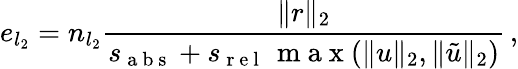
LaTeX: e_{l_{2}}=n_{l_{2}}\frac{\lVert r\rVert_{2}}{s_{\mathrm{~a~b~s~}}+s_{\mathrm{~r~e~l~}}\, \mathrm{~m~a~x~}(\lVert u\rVert_{2},\lVert\tilde{u}\rVert_{2})}\, ,